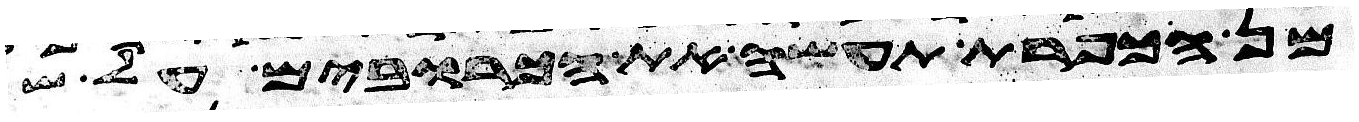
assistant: מן הכפרת תעשה את הכרובים על